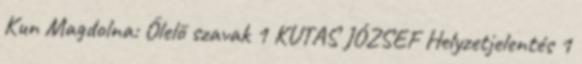
Kun Magdolna: Ölelő szavak 1 KUTAS JÓZSEF Helyzetjelentés 1